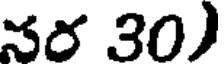
నర 30)